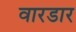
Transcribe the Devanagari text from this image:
वारडार